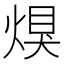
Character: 𤋀